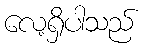
လေ့ရှိပါသည်